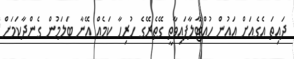
ދައިތަ އެގެއަށް އައުން ހުއްޓާލާފައިވާތީ ގޭތެރޭގެ ހުރިހާ ކަމެއް އޭނާ ބަލަމުން ގެންދާކަމަށް